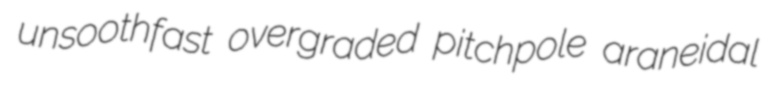
unsoothfast overgraded pitchpole araneidal